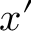
x ^ { \prime }